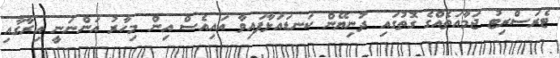
ޓެރަސްރިޓު ޖަމާއަތެއްގެ ގޮތުގައި ދުނިޔޭން ކަނޑައަޅާފައިވާ އައިއެސް އިން މިހާރު އަންނަނީ އިރާގާއި